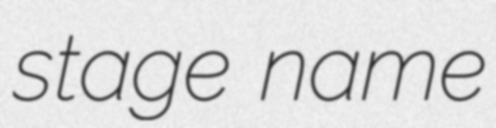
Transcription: stage name